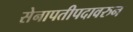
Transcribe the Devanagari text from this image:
सेनापतीपदावरुन